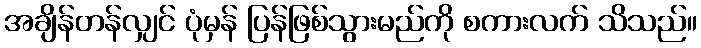
အချိန်တန်လျှင် ပုံမှန် ပြန်ဖြစ်သွားမည်ကို စကားလက် သိသည်။